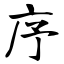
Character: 序